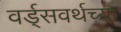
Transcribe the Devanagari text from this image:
वर्ड्‌सवर्थच्या